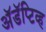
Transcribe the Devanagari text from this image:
अॅडॅप्टिव्ह